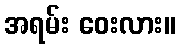
အရမ်း ဝေးလား။